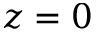
z = 0